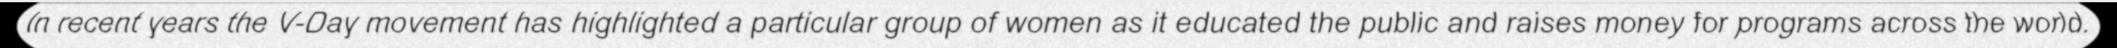
In recent years the V-Day movement has highlighted a particular group of women as it educated the public and raises money for programs across the world.